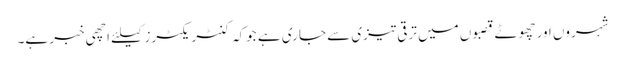
شہروں اور چھوٹے قصبوں میں ترقی تیزی سے جاری ہے جوکہ کنٹریکٹرز کیلئے اچھی خبر ہے۔